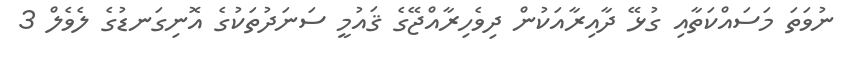
ނުވަތަ މަސައްކަތާއި ގުޅޭ ދާއިރާއަކުން ދިވެހިރާއްޖޭގެ ޤައުމީ ސަނަދުތަކުގެ އޮނިގަނޑުގެ ލެވެލް 3